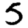
Digit: 5